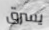
يسرق